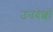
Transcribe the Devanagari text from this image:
उनदेशों